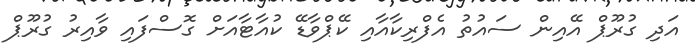
އަދި ގުރޫޕް އޭއިން ސައުތު އެފްރިކާއާއި ކޭޕްވާޑޭ ކުއާޓާއަށް ގޮސްފައި ވާއިރު ގުރޫޕް